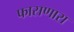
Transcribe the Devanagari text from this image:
फासणारा